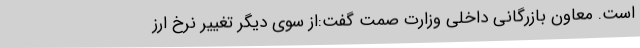
است. معاون بازرگانی داخلی وزارت صمت گفت:از سوی دیگر تغییر نرخ ارز